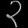
Digit: ၃